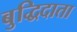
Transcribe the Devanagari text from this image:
बुद्धिदाता